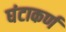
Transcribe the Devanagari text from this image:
घंटाकर्ण